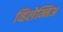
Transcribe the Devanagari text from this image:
व्हिलेम्निअ